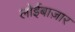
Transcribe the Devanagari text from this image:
लोईबाज़ार